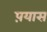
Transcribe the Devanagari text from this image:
प़यास